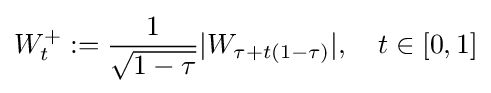
W_{t}^{+}:={\frac {1}{\sqrt {1-\tau }}}|W_{\tau +t(1-\tau )}|,\quad t\in [0,1]